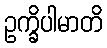
ဥက္ခိပါမာတိ